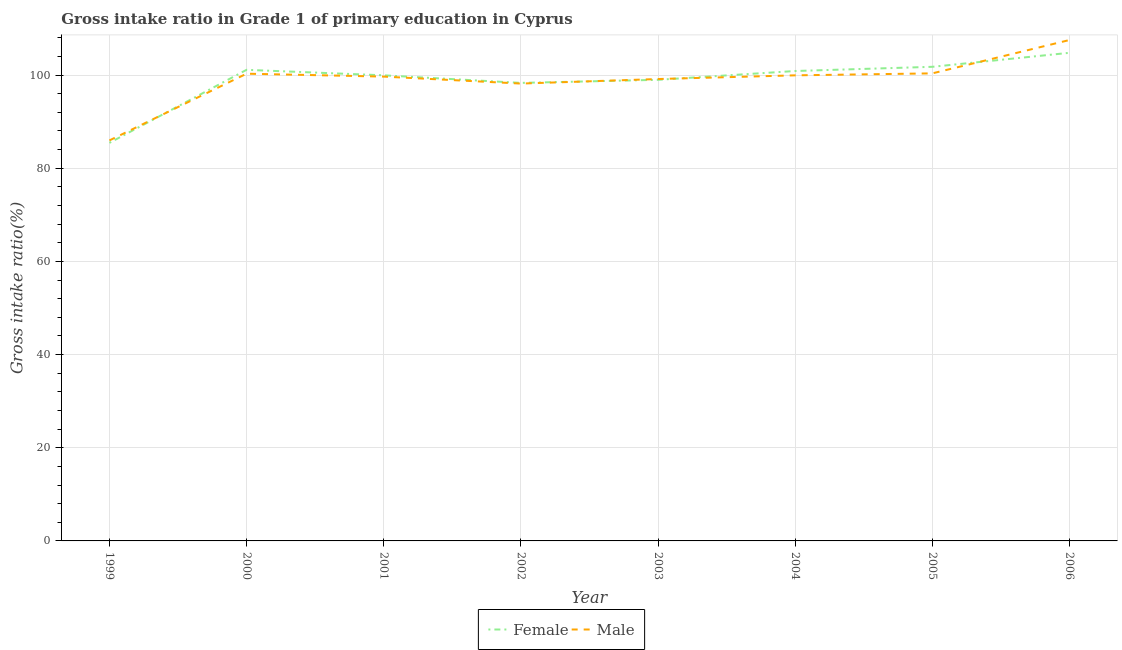
| Year | Female | Male |
 | --- | --- | --- |
 | 1999 | 85.4 | 86 |
 | 2000 | 101 | 100 |
 | 2001 | 99.9 | 99.7 |
 | 2002 | 98.3 | 98.2 |
 | 2003 | 99 | 99.1 |
 | 2004 | 101 | 99.9 |
 | 2005 | 102 | 100 |
 | 2006 | 105 | 108 |